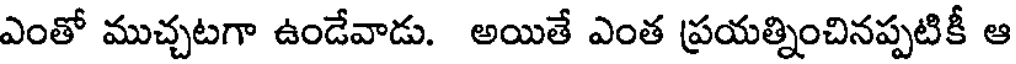
ఎంతో ముచ్చటగా ఉండేవాడు. అయితే ఎంత ప్రయత్నించినప్పటికీ ఆ